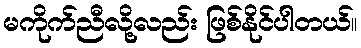
မကိုက်ညီလို့လည်း ဖြစ်နိုင်ပါတယ်။